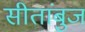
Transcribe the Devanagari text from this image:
सीतांबुज